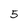
Character: 5